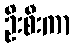
ဦးစီးကာ